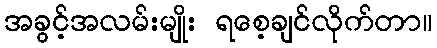
အခွင့်အလမ်းမျိုး ရစေ့ချင်လိုက်တာ။